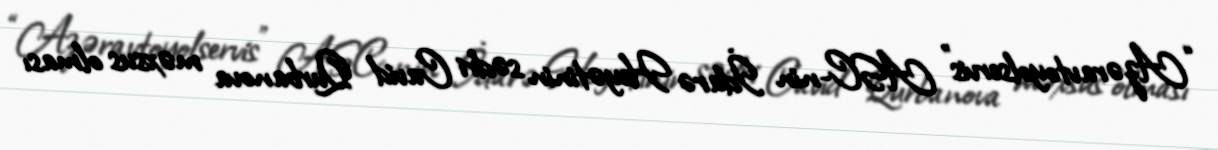
“Azəravtoyolservis” ASC-nin İdarə Heyətinin sədri Cavid Qurbanova məxsus olması